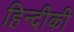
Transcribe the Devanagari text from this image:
हिन्दीकी